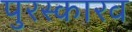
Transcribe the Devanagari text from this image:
पुरस्कारव